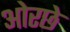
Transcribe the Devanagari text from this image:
ओरछे